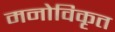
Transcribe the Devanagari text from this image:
मनोविकृत